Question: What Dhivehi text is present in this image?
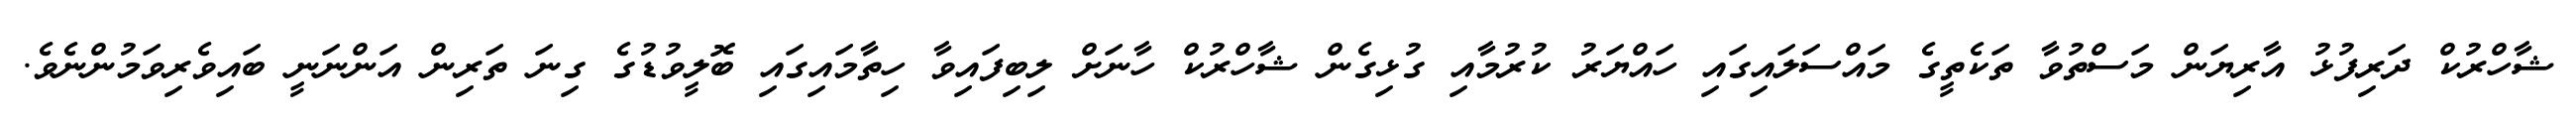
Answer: ޝާހްރުކް ދަރިފުޅު އާރިޔަން މަސްތުވާ ތަކެތީގެ މައްސަލައިގައި ހައްޔަރު ކުރުމާއި ގުޅިގެން ޝާހްރުކް ހާނަށް ލިބިފައިވާ ހިތާމައިގައި ބޮލީވުޑުގެ ގިނަ ތަރިން އަންނަނީ ބައިވެރިވަމުންނެވެ.